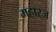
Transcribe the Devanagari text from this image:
महारज